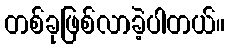
တစ်ခုဖြစ်လာခဲ့ပါတယ်။